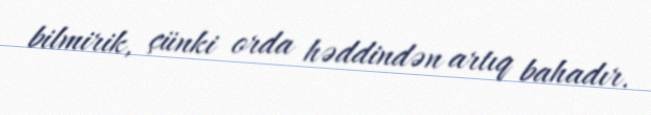
bilmirik, çünki orda həddindən artıq bahadır.